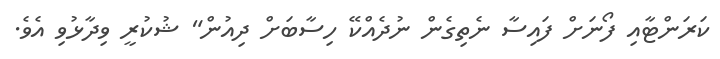
ކަރަންޓާއި ފޯނަށް ފައިސާ ނެތިގެން ނުދެއްކޭ ހިސާބަށް ދިއުން" ޝުކުރީ ވިދާޅުވި އެވެ.